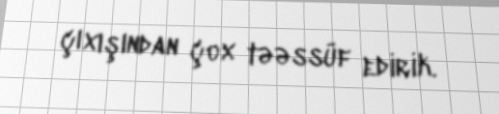
çıxışından çox təəssüf edirik.